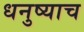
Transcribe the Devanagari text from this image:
धनुष्याच